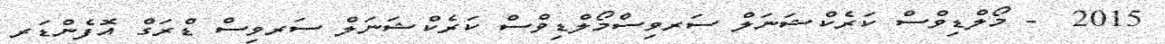
2015  - މޯލްޑިވްސް ކަރެކްޝަނަލް ސަރވިސްމޯލްޑިވްސް ކަރެކްޝަނަލް ސަރވިސް ޑްރަގް އޮފެންޑަރ